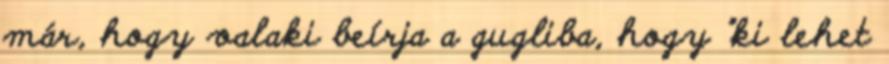
már, hogy valaki beírja a gugliba, hogy "ki lehet